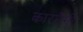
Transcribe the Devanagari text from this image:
कारनैगी